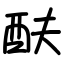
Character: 酜